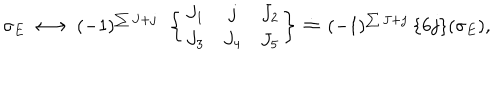
LaTeX: \sigma _ { E } \, \longleftrightarrow \, ( - 1 ) ^ { \sum J + j } \: \: \left\{ \begin{array} { c c c } { { J _ { 1 } } } & { { j } } & { { J _ { 2 } } } \\ { { J _ { 3 } } } & { { J _ { 4 } } } & { { J _ { 5 } } } \\ \end{array} \right\} \, \doteq \, ( - 1 ) ^ { \sum J + j } \: \{ 6 j \} ( \sigma _ { E } ) ,